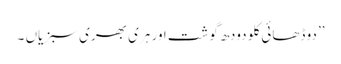
’’دو ڈھائی کلو دودھ گوشت اور ہری بھری سبزیاں ۔